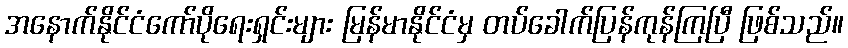
အနောက်နိုင်ငံကော်ပိုရေးရှင်းများ မြန်မာနိုင်ငံမှ တပ်ခေါက်ပြန်ကုန်ကြပြီ ဖြစ်သည်။